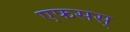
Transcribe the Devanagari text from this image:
एफसस्